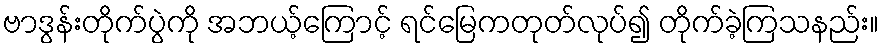
ဗာဒွန်းတိုက်ပွဲကို အဘယ့်ကြောင့် ရင်မြေကတုတ်လုပ်၍ တိုက်ခဲ့ကြသနည်း။